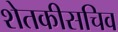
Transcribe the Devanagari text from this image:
शेतकीसचिव